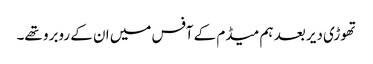
تھوڑی دیر بعد ہم میڈم کے آفس میں ان کے روبرو تھے۔